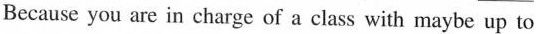
Because you are in charge of a class with maybe up to